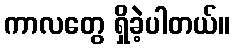
ကာလတွေ ရှိခဲ့ပါတယ်။